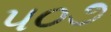
૫૦૭